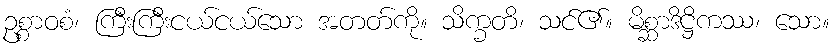
ဥစ္စာဝစံ၊ ကြီးကြီးငယ်ငယ်သော အတတ်ကို။ သိက္ခတိ၊ သင်၏။ မိစ္ဆာဒိဋ္ဌိကဿ၊ သော။